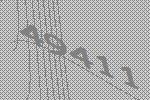
49411